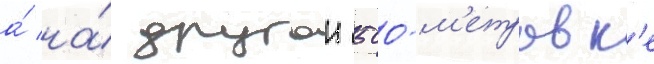
а́ на́ другои 500-м'етровк'е